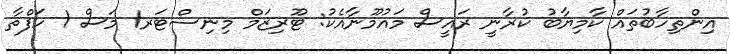
އިންތިހާބުތައް ކާމިޔާބު ކުރާނީ ރައީސް މައުމޫނާއެކު: ޓޫރިޒަމް މިނިސްޓަރ1 މަސް 1 ހަފްތާ